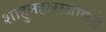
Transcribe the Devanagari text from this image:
शाहुमहाराजांकडे